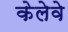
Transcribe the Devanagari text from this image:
केलेवे